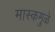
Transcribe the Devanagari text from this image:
मास्कमुळे